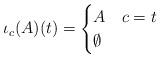
LaTeX: \begin{align*} \iota_c(A)(t)= \begin{cases} A & c=t\\ \emptyset & \end{cases}\end{align*}